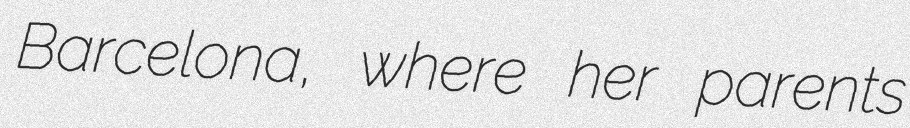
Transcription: Barcelona, where her parents